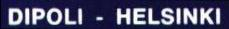
DIPOLI - HELSINKI